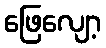
ဖြေလျော့